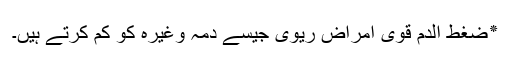
٭ضغط الدم قوی امراض ریوی جیسے دمہ وغیرہ کو کم کرتے ہیں۔